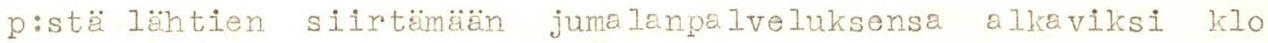
p:stä lähtien siirtämään jumalanpalveluksensa alkaviksi klo